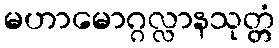
မဟာမောဂ္ဂလ္လာနသုတ္တံ